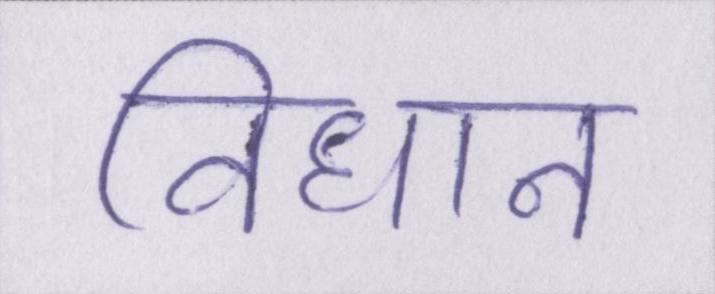
विधान